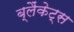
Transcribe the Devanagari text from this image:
ब्लैंकेट्स